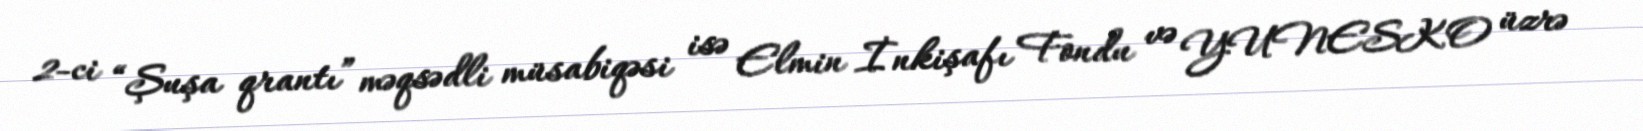
2-ci “Şuşa qrantı” məqsədli müsabiqəsi isə Elmin İnkişafı Fondu və YUNESKO üzrə